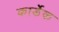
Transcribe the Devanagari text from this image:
कार्डेक